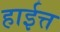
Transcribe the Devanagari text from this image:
हाईत्त